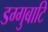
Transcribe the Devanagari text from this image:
डग्गुबाटि